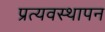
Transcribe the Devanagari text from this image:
प्रत्यवस्थापन